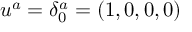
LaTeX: u ^ { a } = \delta _ { 0 } ^ { a } = ( 1 , 0 , 0 , 0 )